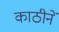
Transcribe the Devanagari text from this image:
काठीनें